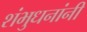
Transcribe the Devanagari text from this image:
शंभुधनांनी